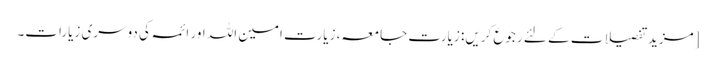
[مزید تفصیلات کے لئے رجوع کریں: زیارت جامعہ، زیارت امین اللہ اور ائمہ کی دوسری زیارات۔